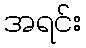
အရင်း